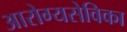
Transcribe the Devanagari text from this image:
आरोग्यसेविका